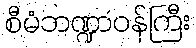
စီမံဘဏ္ဍာဝန်ကြီး